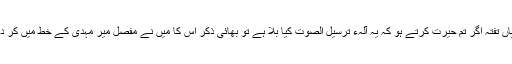
اور میاں تفتہ اگر تم حیرت کرتے ہو کہ یہ آلہء ترسیل الصوت کیا بلا ہے تو بھائی ذکر اس کا میں نے مُفصّل میر مہدی کے خط میں کر دیا ہے۔